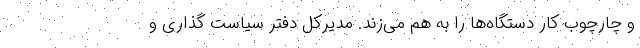
و چارچوب کار دستگاه‌ها را به هم می‌زند. مدیرکل دفتر سیاست گذاری و